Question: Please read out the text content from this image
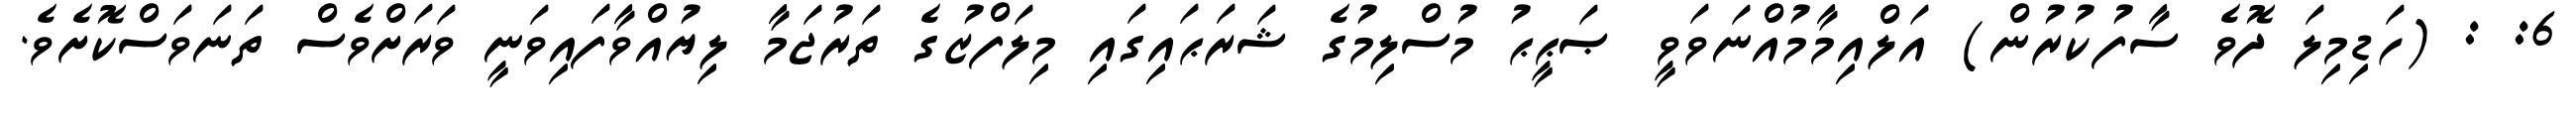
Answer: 6: : (ހަޑިމިލަ ދޮވެ ސާފުކުރުން) އަލްއިމާމުއްނަވަވީ ޞަޙީޙު މުސްލިމުގެ ޝަރަޙައިގައި މިލަފްޒުގެ ތަރުޖަމާ ލިޔުއްވާފައިވަނީ ވަރަށްވެސް ތަނަވަސްކޮށެވެ.